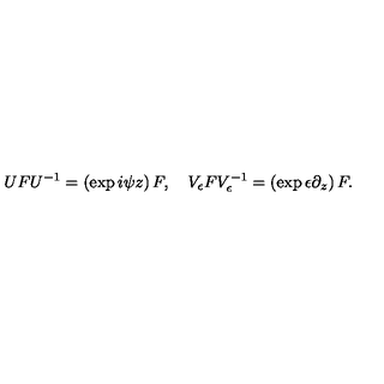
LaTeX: U F U ^ { - 1 } = \left( \exp i \psi z \right) F , \quad V _ { \epsilon } F V _ { \epsilon } ^ { - 1 } = \left( \exp \epsilon \partial _ { z } \right) F .